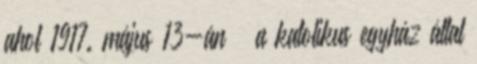
ahol 1917. május 13-án – a katolikus egyház által